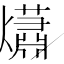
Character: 𤑳